system: You are a helpful assistant.
user:
Analyze the provided spectrum to determine if it is a **"Cataclysmic Variables (CV)"**.

- **Key Indicators for CV (Check for either state):**
    - **State 1: Quiescent / Low-State (Emission-Dominated)**
        - **(Primary):** Strong and *very broad* Hydrogen Balmer emission lines (e.g., $H\alpha$ at 6563 Å, $H\beta$ at 4861 Å). The 'broadness' (high velocity dispersion, often FWHM > 1000 km/s) is the key diagnostic, indicating a high-velocity accretion disk.
        - **(Secondary):** Broad neutral Helium (He I) emission lines (e.g., 5876 Å, 6678 Å).
        - **(Key Confirmation):** Presence of high-excitation *ionized* Helium (He II) emission at 4686 Å. This is a strong indicator of accretion onto a white dwarf.
        - **(Line Profile):** Emission lines may exhibit a 'double-peaked' profile, which is a classic signature of a rotating accretion disk viewed at high inclination.

    - **State 2: Outburst / High-State (Absorption-Dominated)**
        - **(Primary):** Spectrum is dominated by a bright, blue continuum (looks like a hot star).
        - **(Secondary):** The emission lines from State 1 are weak, absent, or 'filled in', and are replaced by broad, shallow *absorption* lines (primarily Balmer and He I).
        - **(Morphology):** The overall spectrum mimics a hot B/A-type star. The crucial difference is that the absorption lines are significantly broader, shallower, and more 'washed-out' (or 'smeared') than the sharp lines of a normal stellar photosphere, due to high rotational speeds and pressure broadening in the disk.

Think first, call **spectral_visualization_tool** if needed to examine features in detail, then provide your final answer. Your response must adhere to the following strict rules:
1.  **Overall Structure:** Your response must follow the format `<think>...</think> <tool_call>...</tool_call> (if a tool is used) <answer>...</answer>`.
2.  **Tool Usage Constraint:** You may only make **one** tool call per turn.
3.  **Final Answer Format:** In the `<answer>` tag, your conclusion must be inside a `\boxed{}` command (e.g., `\boxed{YES}`), followed by your justification.

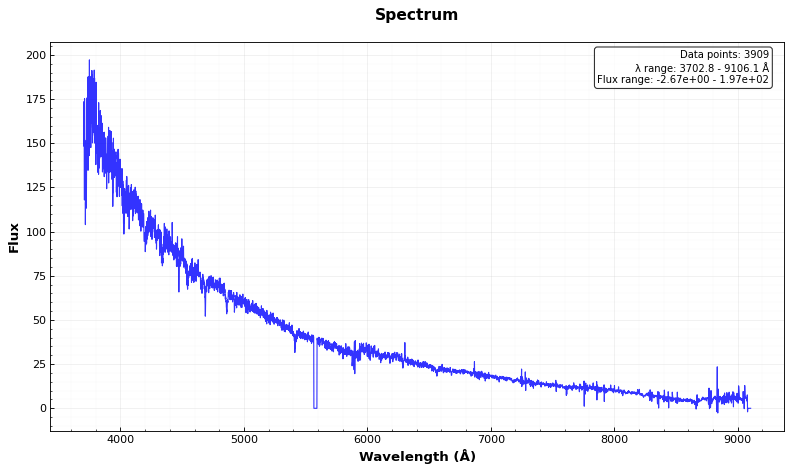
Answer: NO